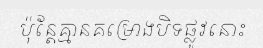
ប៉ុន្តែគ្មានគម្រោងបិទផ្លូវនោះ